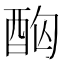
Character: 𮠤